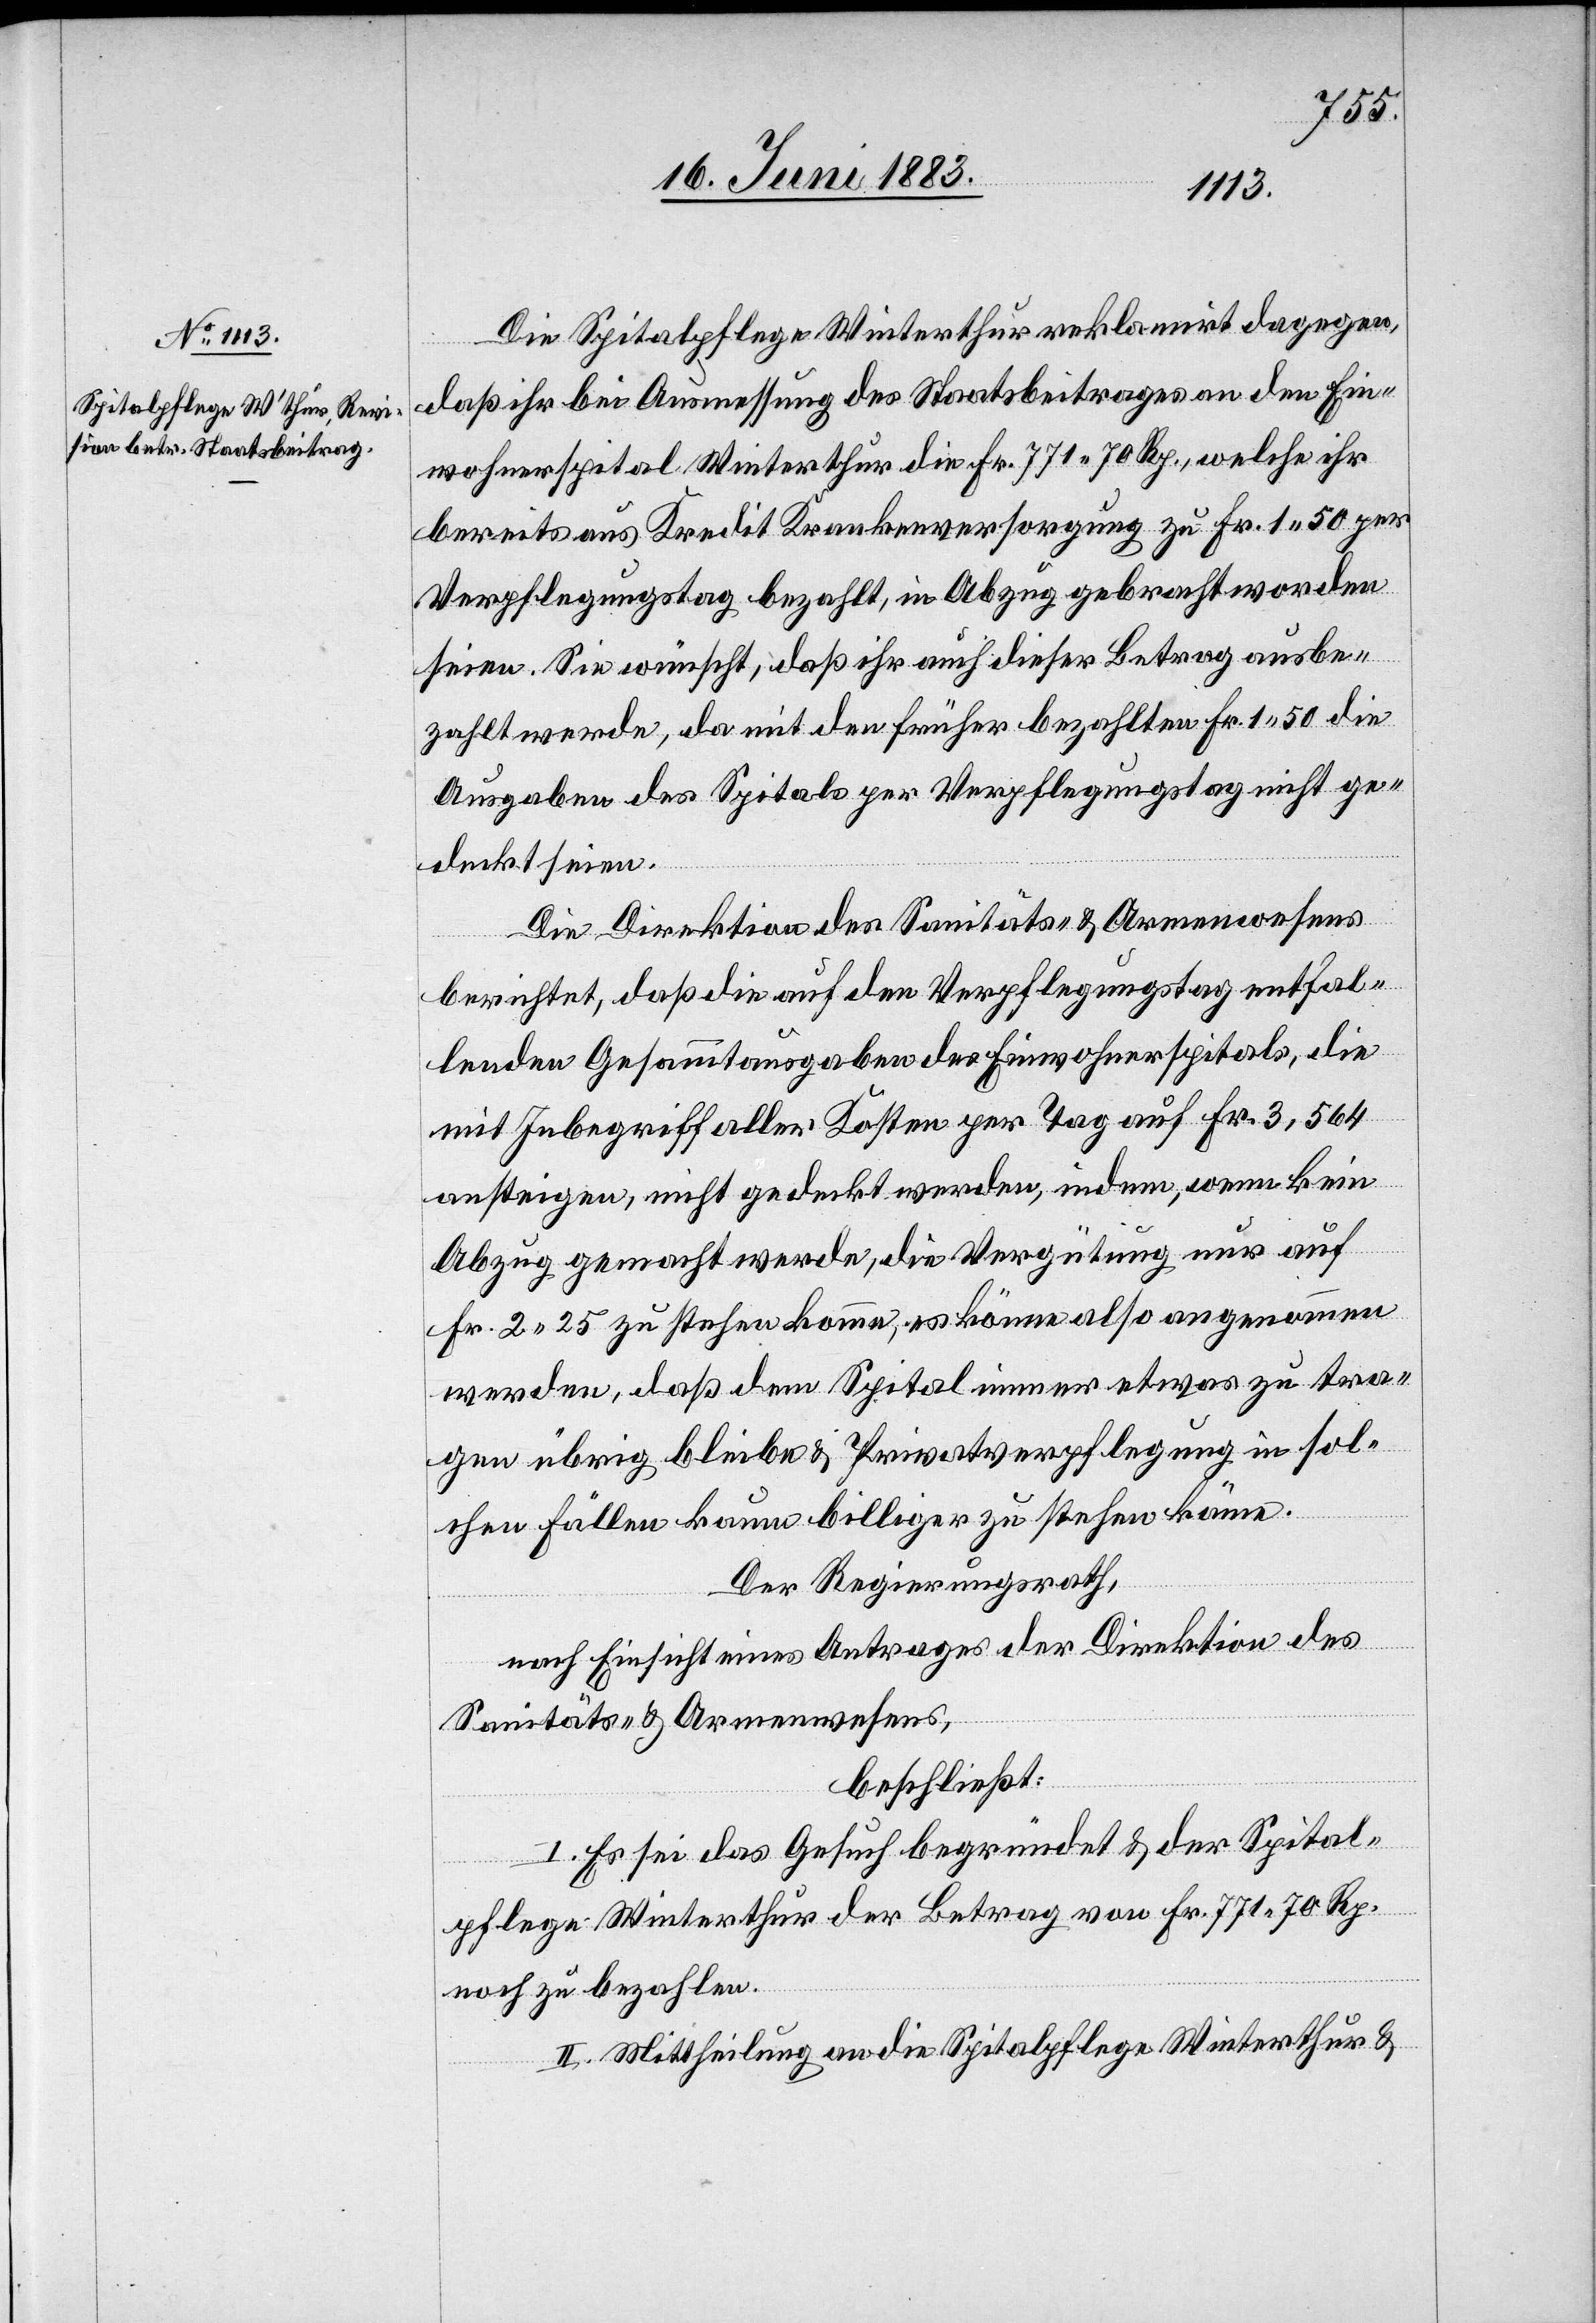
Die Spitalpflege Winterthur reklamirt dagegen,
daß ihr bei Ausmessung des Staatsbeitrages an den Ein¬
wohnerspital Winterthur die Fr. 771 70 Rp., welche ihr
bereits aus Kredit Krankenversorgung zu Fr. 1 50 per
Verpflegungstag bezahlt, in Abzug gebracht worden
seien. Sie wünscht, daß ihr auch dieser Betrag ausbe¬
zahlt werde, da mit den früher bezahlten Fr. 1 50 die
Ausgaben des Spitals per Verpflegungstag nicht ge¬
deckt seien.
Die Direktion des Sanitäts- & Gefängnißwesens-
berichtet, daß die auf den Verpflegungstag entfal¬
lenden Gesammtausgaben des Einwohnerspitals, die
mit Inbegriff aller Kosten per Tag auf Fr. 3,564
ansteigen, nicht gedeckt werden, indem, wenn kein
Abzug gemacht werde, die Vergütung nur auf
Fr. 2 25 zu stehen kommen, es könne also angenommen
werden, daß dem Spital immer etwas zu tra¬
gen übrig bleibe & Privatverpflegung in sol¬
chen Fällen kaum billiger zu stehen könne.
Der Regierungsrath,
nach Einsicht eines Antrages der Direktion des
Sanitäts- & Gefängnißwesens-
beschließt:
I. Es sei das Gesuch begründet & der Spital¬
pflege Winterthur der Betrag von Fr. 771 70 Rp.
noch zu bezahlen.
II. Mittheilung an die Spitalpflege Winterthur &